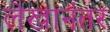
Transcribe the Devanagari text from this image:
लेखानंतर